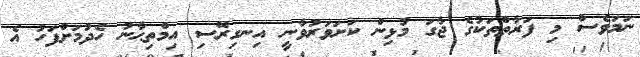
ނަމަވެސް މި ފަރާތްތަކުގެ ޖާގަ މުޅިން ކަށަވަރުވާނީ އިނގިރޭސި އިމްތިޙާނު ހެދުމަށްފަހު އެ